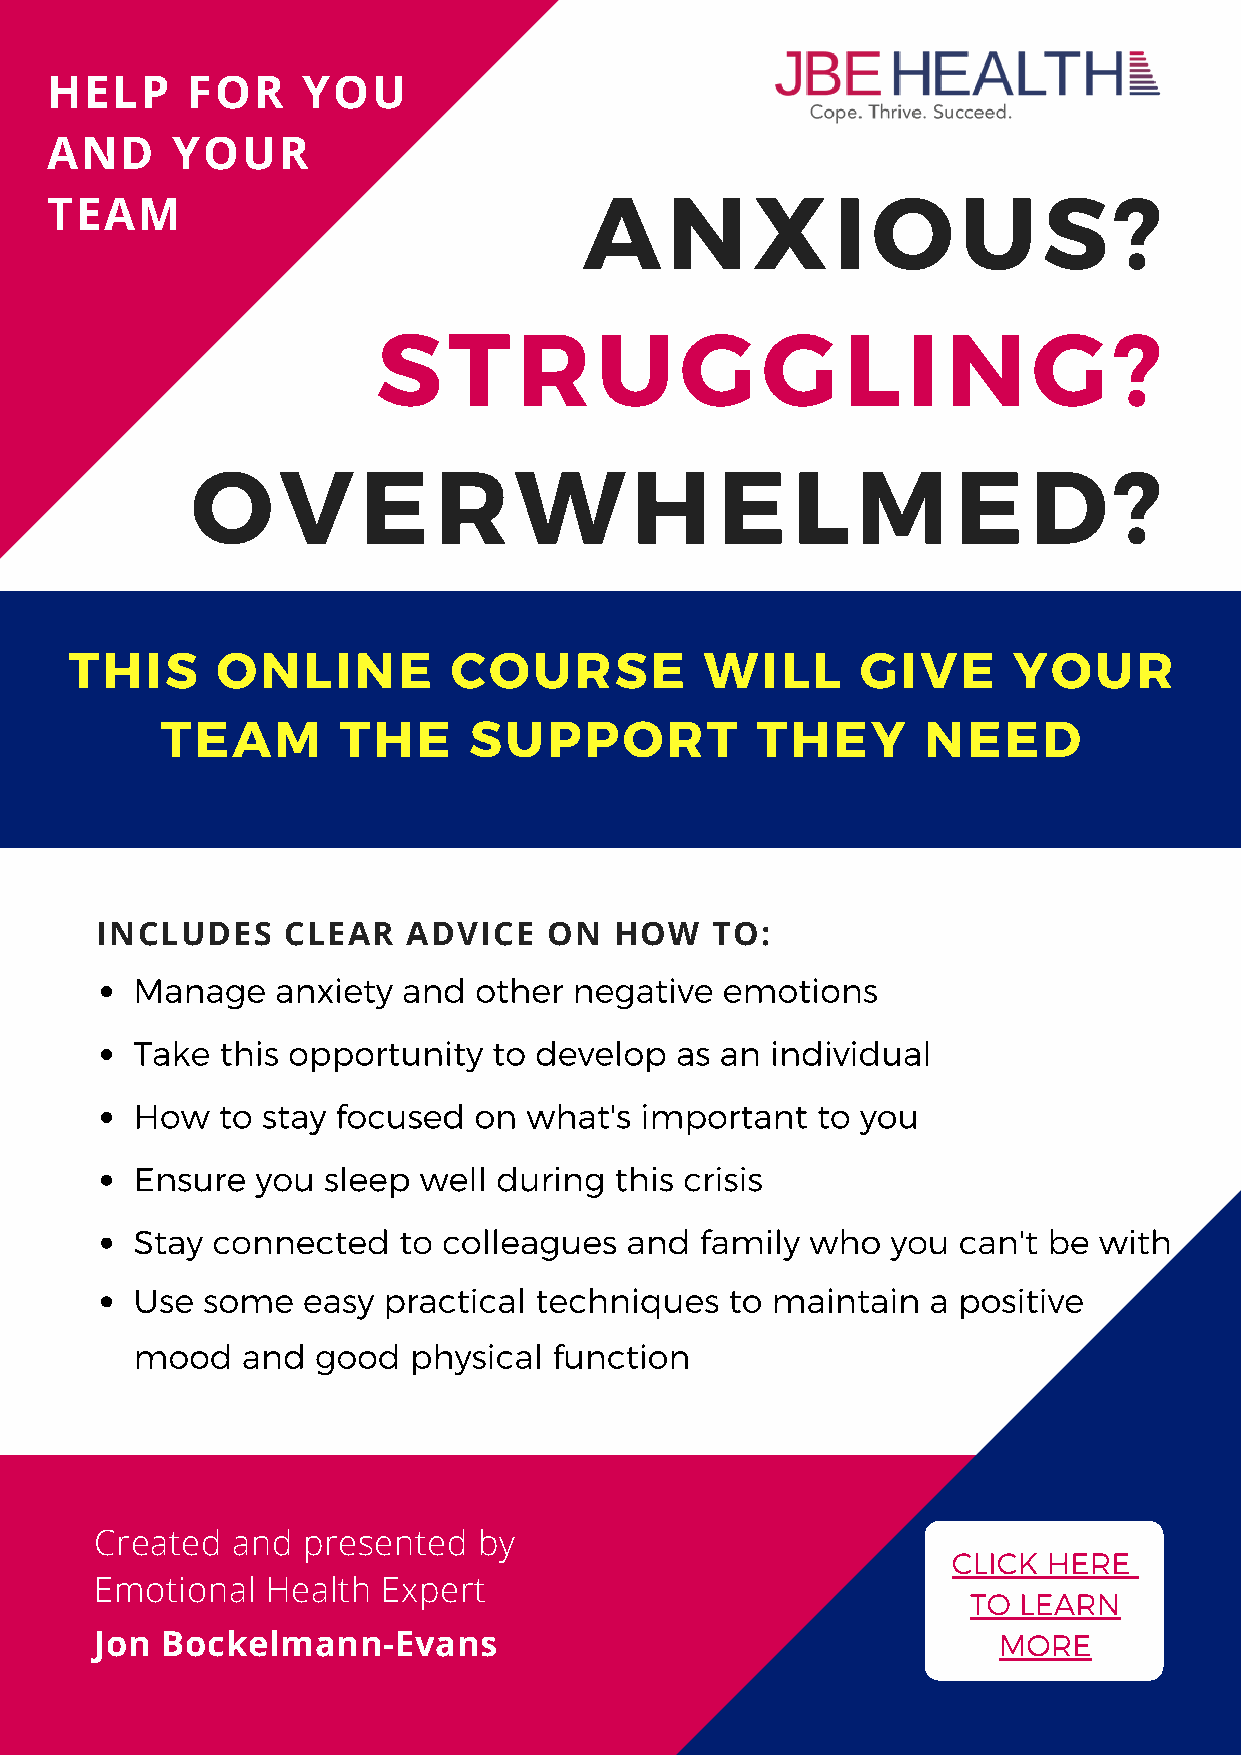
HELP     FOR     YOU
 AND     YOUR
 ANXIOUS?
 TEAM
 STRUGGLING?
 OVERWHELMED?
 THIS     ONLINE          COURSE           WILL      GIVE      YOUR
 TEAM       THE      SUPPORT            THEY       NEED
 INCLUDES     CLEAR   ADVICE   ON   HOW   TO:
 Manage   anxiety  and other  negative  emotions
 Take  this opportunity  to develop  as an individual
 How  to stay focused  on  what's important   to you
 Ensure  you sleep  well during  this crisis
 Stay connected   to colleagues  and  family  who  you can't be  with
 Use some   easy practical techniques   to maintain   a positive
 mood   and  good  physical  function
 Created  and  presented   by
 CLICK HERE
 Emotional   Health Expert
 TO LEARN
 Jon  Bockelmann-Evans                                       MORE